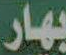
بهار